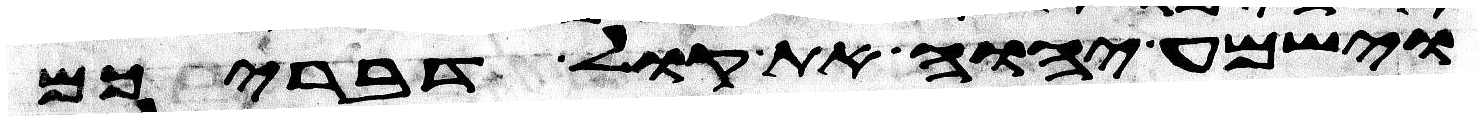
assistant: וישמע יהוה את קול דבריכם